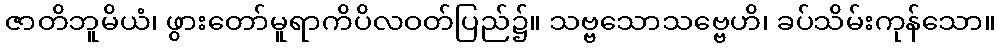
ဇာတိဘူမိယံ၊ ဖွားတော်မူရာကိပိလဝတ်ပြည်၌။ သဗ္ဗသောသဗ္ဗေဟိ၊ ခပ်သိမ်းကုန်သော။